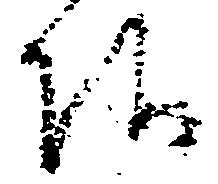
候